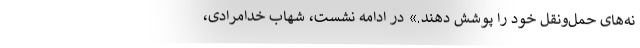
نه‌های حمل‌و‌نقل خود را پوشش دهند.» در ادامه نشست، شهاب خدامرادی،